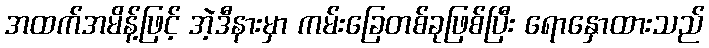
အထက်အမိန့်ဖြင့် အဲ့ဒီနားမှာ ကမ်းခြေတစ်ခုဖြစ်ပြီး ရောနှောထားသည်